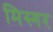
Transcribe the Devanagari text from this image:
मिस्गर